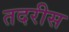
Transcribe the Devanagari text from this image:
तदरीस